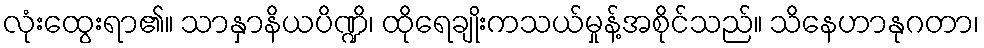
လုံးထွေးရာ၏။ သာနှာနိယပိဏ္ဍိ၊ ထိုရေချိုးကသယ်မှုန့်အစိုင်သည်။ သိနေဟာနုဂတာ၊